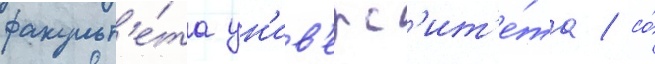
факульт'е́та ун'ив'ерс'ит'е́та / со́